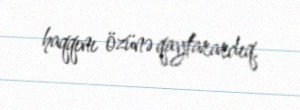
haqqını özünə qaytarardıq.